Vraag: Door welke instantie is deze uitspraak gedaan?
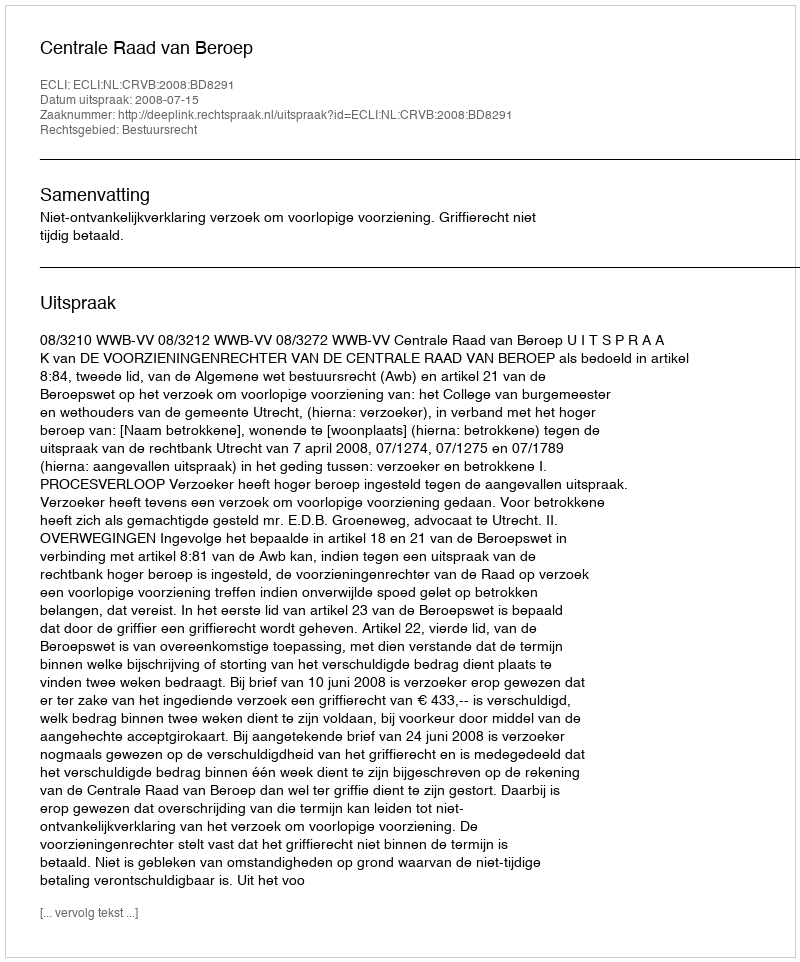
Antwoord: Centrale Raad van Beroep